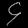
Digit: ၄